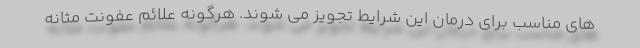
های مناسب برای درمان این شرایط تجویز می شوند. هرگونه علائم عفونت مثانه